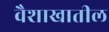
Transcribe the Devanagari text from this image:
वैशाखातील